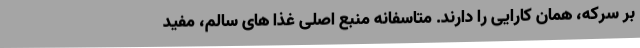
بر سرکه، همان کارایی را دارند. متاسفانه منبع اصلی غذا های سالم، مفید